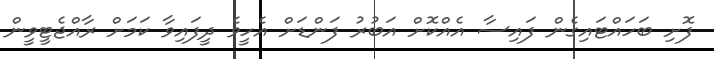
ފޮށި ބަހައްޓައިގެން ފައިސާ އެއްކޮށް އަބުރު ފަންޑަށް އެހީވެ ދީފައިވާ ކަމަށް ރާއްޖެޓީވީން